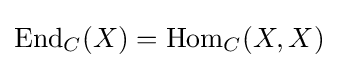
\operatorname {End} _{C}(X)=\operatorname {Hom} _{C}(X,X)